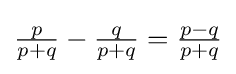
{\tfrac {p}{p+q}}-{\tfrac {q}{p+q}}={\tfrac {p-q}{p+q}}